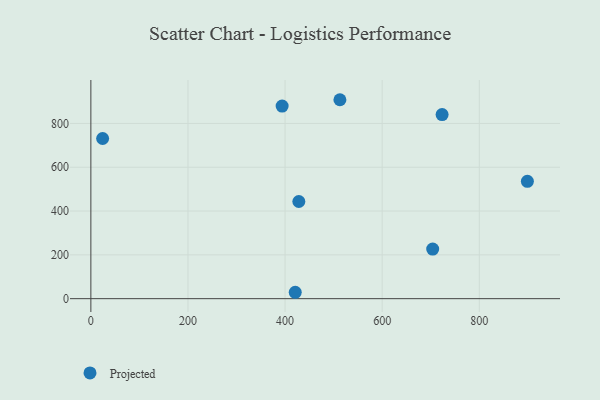
{"axis": {"x": "Investment", "y": "Demand"}, "legend": ["Projected"], "data": [{"x": "704.0", "y": 226.3, "type": "Projected"}, {"x": "428.3", "y": 443.5, "type": "Projected"}, {"x": "420.9", "y": 29.2, "type": "Projected"}, {"x": "899.0", "y": 535.6, "type": "Projected"}, {"x": "512.9", "y": 908.2, "type": "Projected"}, {"x": "24.2", "y": 731.2, "type": "Projected"}, {"x": "723.4", "y": 840.3, "type": "Projected"}, {"x": "393.9", "y": 879.3, "type": "Projected"}]}